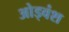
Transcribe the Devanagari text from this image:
ओड्वंश